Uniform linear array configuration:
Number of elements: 4
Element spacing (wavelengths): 1
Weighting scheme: exponential
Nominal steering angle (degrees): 0
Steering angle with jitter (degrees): -0.5639
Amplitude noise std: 0.05
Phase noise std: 0.05

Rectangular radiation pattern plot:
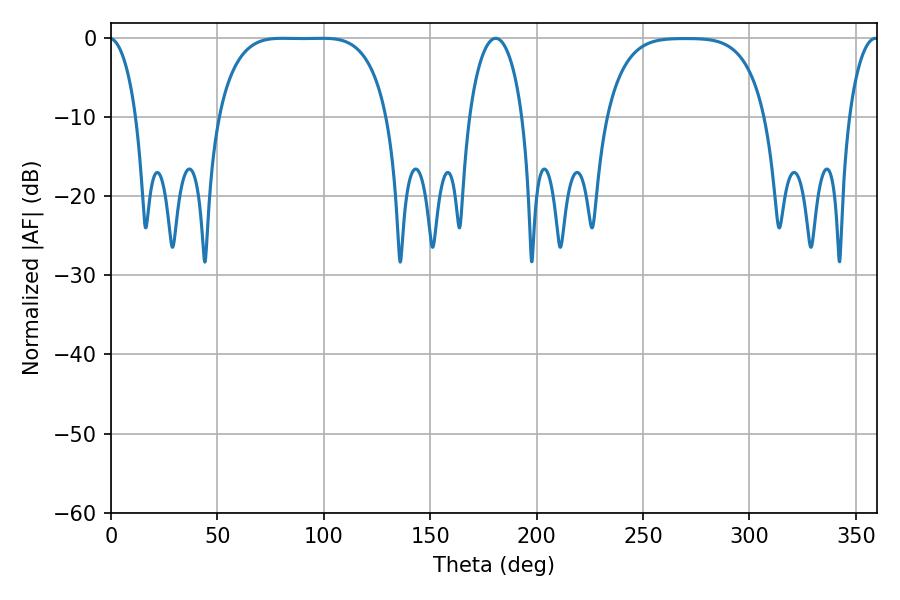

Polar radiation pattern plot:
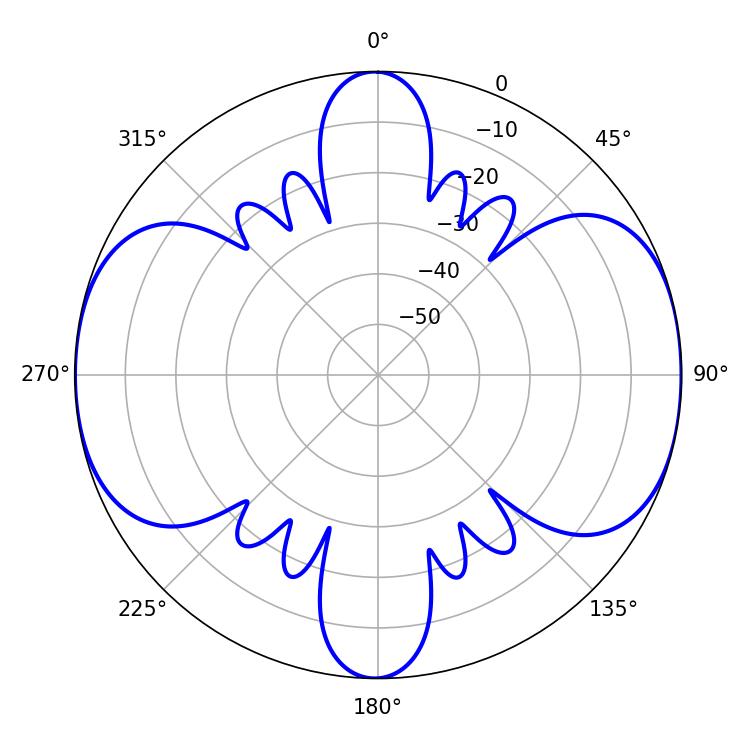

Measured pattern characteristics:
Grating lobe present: TRUE
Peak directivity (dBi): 13.037
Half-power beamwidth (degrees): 60.84
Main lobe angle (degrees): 80.64